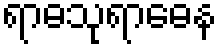
ရာဓသုရာဓေန